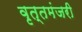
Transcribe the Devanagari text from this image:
वृत्तमंजरी